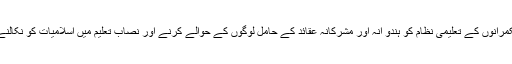
زیر تبصرہ کتاب ’’پاکستان میں تعلیم آغاخان کے حوالے ‘‘میں اسی بات کو اجاگر کیا گیا ہےکہ حکمرانوں کے تعلیمی نظام کو ہندو انہ اور مشرکانہ عقائد کے حامل لوگوں کے حوالے کرنے اور نصاب تعلیم میں اسلامیات کو نکالنے کا کیا پس منظر اور مقاصد تھے اور اس کے ہماری پاکستانی قوم پر کیا اثرات مرتب ہوئے ہیں۔